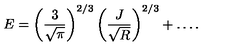
E = \left( \frac { 3 } { \sqrt { \pi } } \right) ^ { 2 / 3 } \left( \frac { J } { \sqrt { R } } \right) ^ { 2 / 3 } + \ldots .